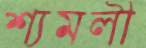
শ্যমলী